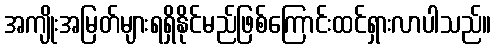
အကျိုးအမြတ်များရရှိနိုင်မည်ဖြစ်ကြောင်းထင်ရှားလာပါသည်။